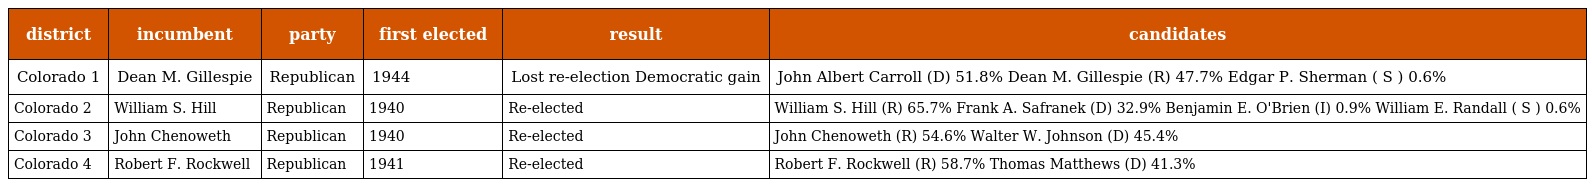
| district | incumbent | party | first elected | result | candidates |
 | --- | --- | --- | --- | --- | --- |
 | Colorado 1 | Dean M. Gillespie | Republican | 1944 | Lost re-election Democratic gain | John Albert Carroll (D) 51.8% Dean M. Gillespie (R) 47.7% Edgar P. Sherman ( S ) 0.6% |
 | Colorado 2 | William S. Hill | Republican | 1940 | Re-elected | William S. Hill (R) 65.7% Frank A. Safranek (D) 32.9% Benjamin E. O'Brien (I) 0.9% William E. Randall ( S ) 0.6% |
 | Colorado 3 | John Chenoweth | Republican | 1940 | Re-elected | John Chenoweth (R) 54.6% Walter W. Johnson (D) 45.4% |
 | Colorado 4 | Robert F. Rockwell | Republican | 1941 | Re-elected | Robert F. Rockwell (R) 58.7% Thomas Matthews (D) 41.3% |